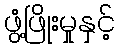
ဖွံ့ဖြိုးမှုနှင့်